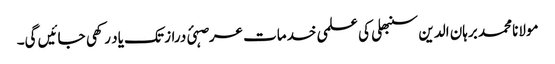
مولانا محمد برہان الدین سنبھلی کی علمی خدمات عرصہئ دراز تک یاد رکھی جائیں گی۔